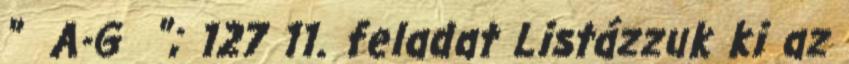
" A-G "; 127 11. feladat Listázzuk ki az